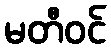
မတီဝင်